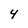
Character: 4